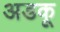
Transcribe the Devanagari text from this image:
अडकू